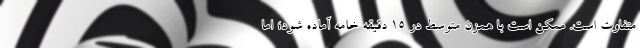
متفاوت است. ممکن است با همزن متوسط در ۱۵ دقیقه خامه آماده شود؛ اما